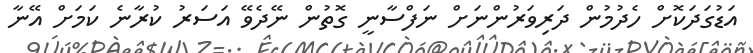
އަޑުގަދަކޮށް ހެދުމުން ދަރިވަރުންނަށް ނަފްސާނީ ގޮތުން ނޭދެވޭ އަސަރު ކުރާނެ ކަމަށް އޭނާ